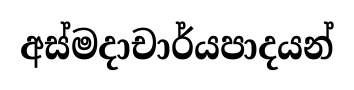
අස්මදාචාර්යපාදයන්